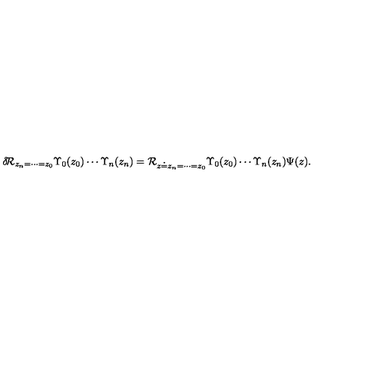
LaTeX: \delta \! { \cal R } _ { z _ { n } = \cdots = z _ { 0 } } \Upsilon _ { 0 } ( z _ { 0 } ) \cdots \Upsilon _ { n } ( z _ { n } ) = { \cal R } _ { z \doteq z _ { n } = \cdots = z _ { 0 } } \Upsilon _ { 0 } ( z _ { 0 } ) \cdots \Upsilon _ { n } ( z _ { n } ) \Psi ( z ) .